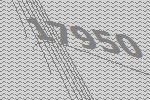
17950